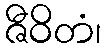
ဇီဝိတံ၊